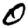
Digit: 0